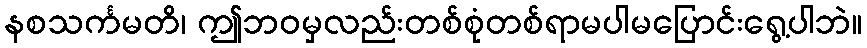
နစသင်္ကမတိ၊ ဤဘဝမှလည်းတစ်စုံတစ်ရာမပါမပြောင်းရွေ့ပါဘဲ။